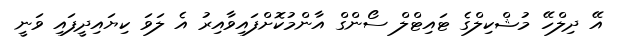
އޭ ދިލްހޭ މުޝްކިލްގެ ޓައިޓްލް ސޯންގް އާންމުކޮށްފައިވާއިރު އެ ލަވަ ކިޔައިދީފައި ވަނީ